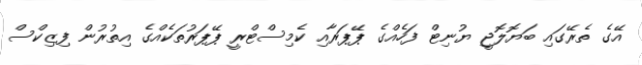
އޭގެ ތެރޭގައި ބަޔޮލޮޖީ ޔުނިޓް ފަހެއްގެ ޕޭޕަރާއި ކެމިސްޓްރީ ޕޭޕަރުތަކެއްގެ އިތުރުން ފިޒިކްސް